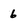
Character: 6